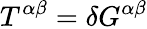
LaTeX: T^{\alpha\beta}=\delta G^{\alpha\beta}